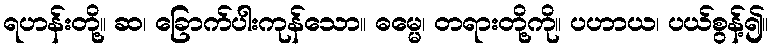
ရဟန်းတို့။ ဆ၊ ခြောက်ပါးကုန်သော။ ဓမ္မေ၊ တရားတို့ကို။ ပဟာယ၊ ပယ်စွန့်၍။